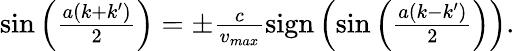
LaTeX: \begin{array}{r}{\sin\left(\frac{a(k+k^{\prime})}{2}\right)=\pm\frac{c}{v_{max}}\mathrm{sign}\left(\sin\left(\frac{a(k-k^{\prime})}{2}\right)\right).}\end{array}